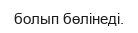
болып бөлінеді.